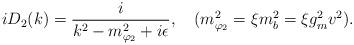
LaTeX: \begin{align*}iD_2(k) = {i \over k^2-m_{\varphi_2}^2+i\epsilon}, \quad (m_{\varphi_2}^2= \xi m_b^2 = \xi g_m^2 v^2) .\end{align*}